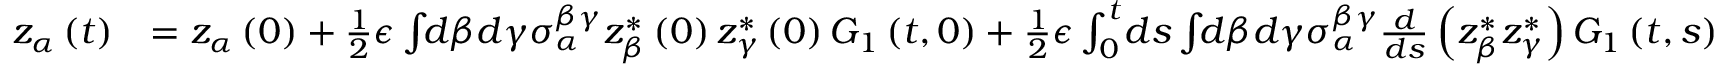
\begin{array} { r l } { z _ { \alpha } \left( t \right) } & { = z _ { \alpha } \left( 0 \right) + \frac { 1 } { 2 } \epsilon \int \! \! d \beta d \gamma \sigma _ { \alpha } ^ { \beta \gamma } z _ { \beta } ^ { * } \left( 0 \right) z _ { \gamma } ^ { * } \left( 0 \right) G _ { 1 } \left( t , 0 \right) + \frac { 1 } { 2 } \epsilon \int _ { 0 } ^ { t } \! d s \int \! \! d \beta d \gamma \sigma _ { \alpha } ^ { \beta \gamma } \frac { d } { d s } \left( z _ { \beta } ^ { * } z _ { \gamma } ^ { * } \right) G _ { 1 } \left( t , s \right) } \end{array}